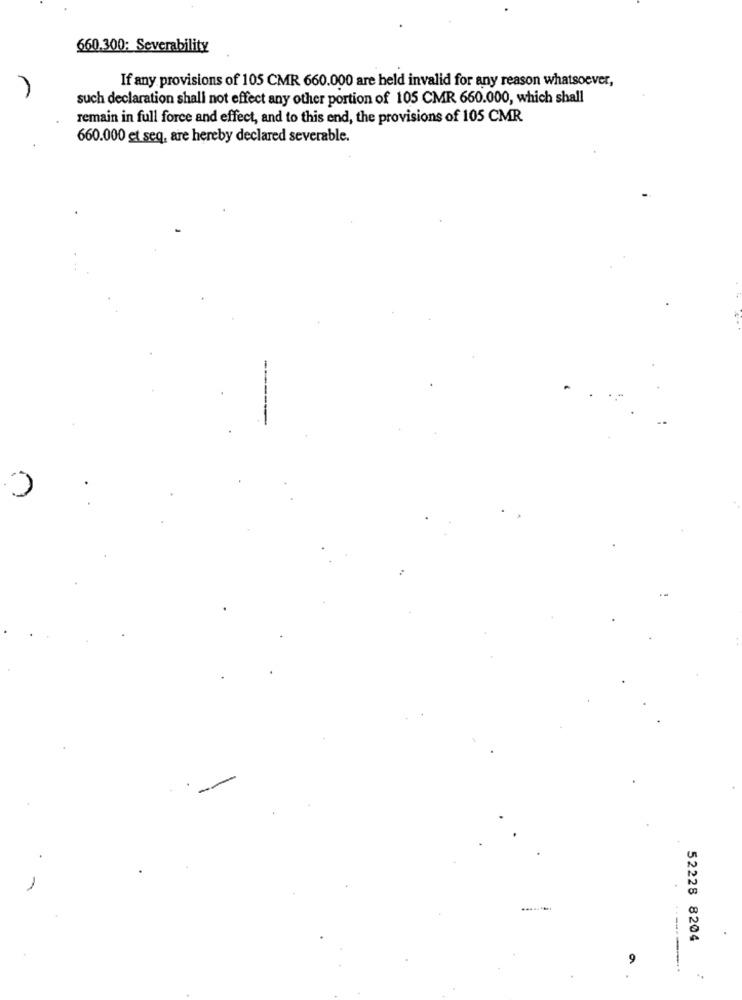
660.300: Severability
If any provisions of 105 CMR 660.000 are held invalid for any reason whatsoever,
such declaration shall not effect any other portion of 105 CMR 660.000, which shall
remain in full force and effect, and to this end, the provisions of 105 CMR
660.000 et seq, are hereby declared severable.
52228 8204
9